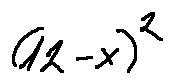
( 1 2 - x ) ^ { 2 }